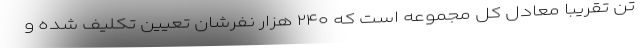
تن تقریبا معادل کل مجموعه است که ۲۴۰ هزار نفرشان تعیین تکلیف شده و